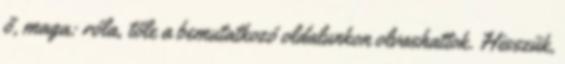
ő, maga: róla, tőle a bemutatkozó oldalunkon olvashattok. Hisszük,